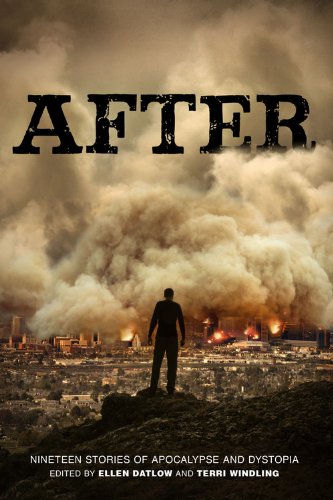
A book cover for After (Nineteen Stories of Apocalypse and Dystopia); Ellen Datlow; Teen & Young Adult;